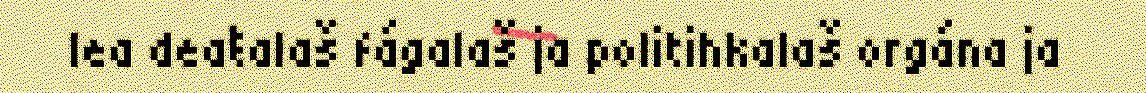
lea deaŧalaš fágalaš ja politihkalaš orgána ja